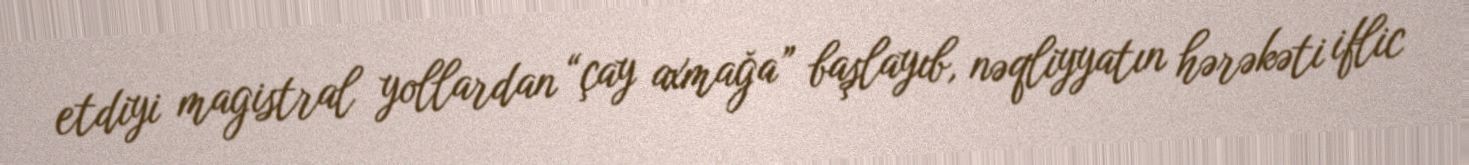
etdiyi magistral yollardan “çay axmağa” başlayıb, nəqliyyatın hərəkəti iflic